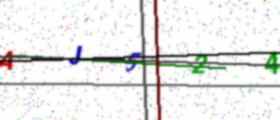
Text: AJ524